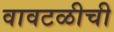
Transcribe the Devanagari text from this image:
वावटळीची